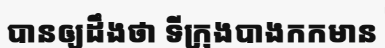
បានឲ្យដឹងថា ទីក្រុងបាងកកមាន